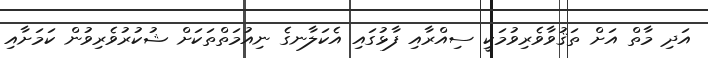
އަދި މާތް އަށް ތަޤުވާވެރިވުމަކީ ސިއްރާއި ފާޅުގައި އެކަލާނގެ ނިއުމަތްތަކަށް ޝުކުރުވެރިވުން ކަމަށާއި